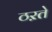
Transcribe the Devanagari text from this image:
ठऱते